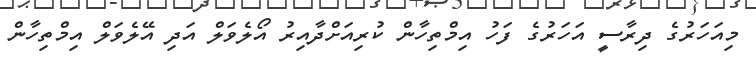
މިއަހަރުގެ ދިރާސީ އަހަރުގެ ފަހު އިމްތިހާން ކުރިއަށްދާއިރު އޯލެވަލް އަދި އޭލެވަލް އިމްތިހާން